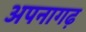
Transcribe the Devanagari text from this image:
अपनागढ़